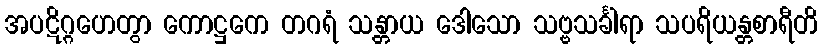
အပဋိဂ္ဂဟေတွာ ကောဋ္ဌကေ တဂရံ သန္တာယ ဒေါသော သဗ္ဗသင်္ခါရာ သပရိယန္တစာရီတိ